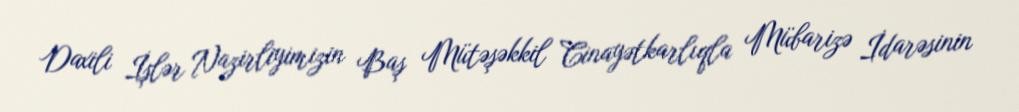
Daxili İşlər Nazirliyimizin Baş Mütəşəkkil Cinayətkarlıqla Mübarizə İdarəsinin